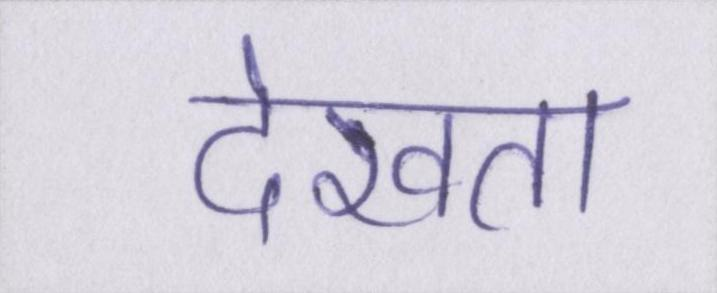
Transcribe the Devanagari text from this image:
देखता